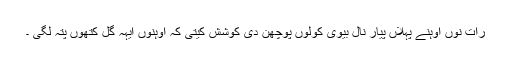
رات نوں اوہنے پہلاں پیار نال بیوی کولوں پوچھن دی کوشش کیتی کہ اوہنوں ایہہ گل کتھوں پتہ لگی ۔